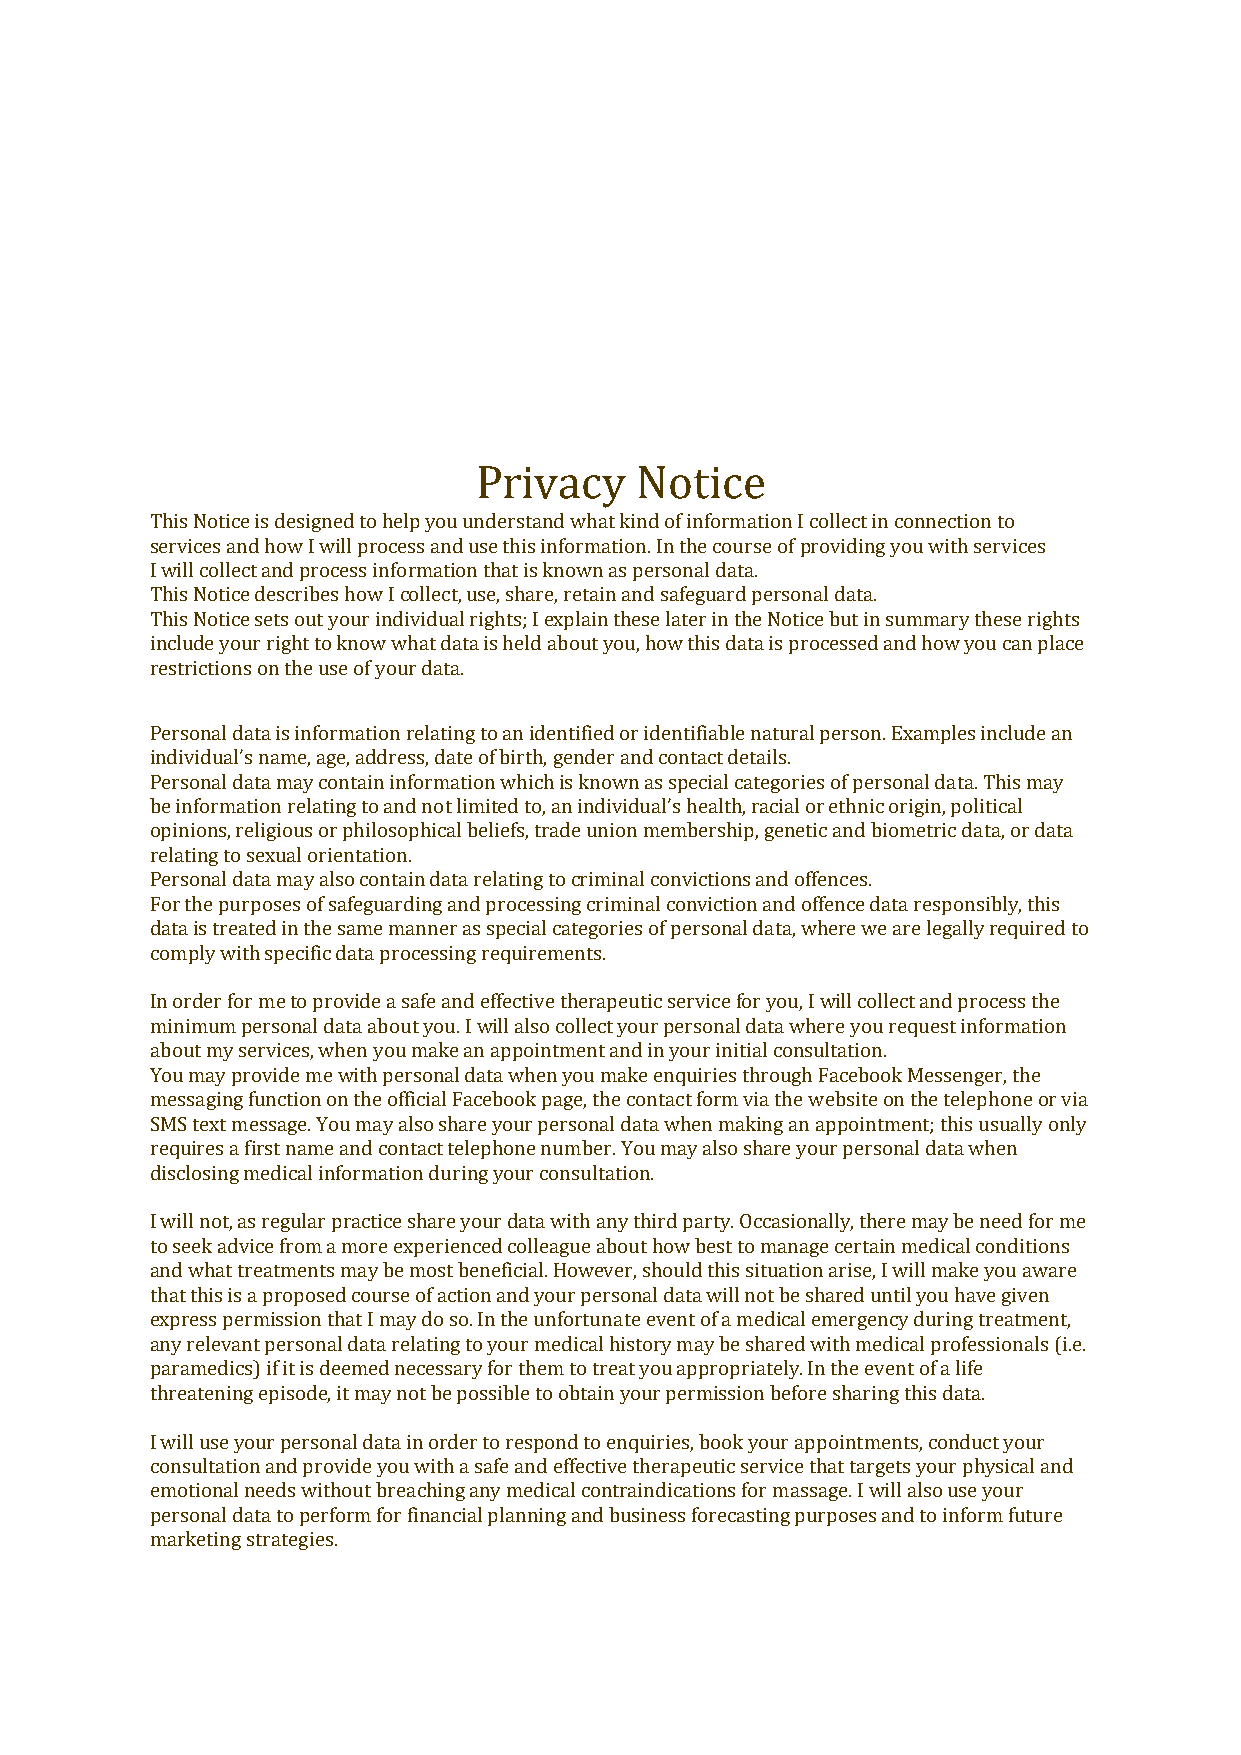
Privacy    Notice
 This Notice is designed to help you understand what kind of information I collect in connection to
 services and how I will process and use this information. In the course of providing you with services
 I will collect and process information that is known as personal data.
 This Notice describes how I collect, use, share, retain and safeguard personal data.
 This Notice sets out your individual rights; I explain these later in the Notice but in summary these rights
 include your right to know what data is held about you, how this data is processed and how you can place
 restrictions on the use of your data.
 Personal data is information relating to an identified or identifiable natural person. Examples include an
 individual’s name, age, address, date of birth, gender and contact details.
 Personal data may contain information which is known as special categories of personal data. This may
 be information relating to and not limited to, an individual’s health, racial or ethnic origin, political
 opinions, religious or philosophical beliefs, trade union membership, genetic and biometric data, or data
 relating to sexual orientation.
 Personal data may also contain data relating to criminal convictions and offences.
 For the purposes of safeguarding and processing criminal conviction and offence data responsibly, this
 data is treated in the same manner as special categories of personal data, where we are legally required to
 comply with specific data processing requirements.
 In order for me to provide a safe and effective therapeutic service for you, I will collect and process the
 minimum personal data about you. I will also collect your personal data where you request information
 about my services, when you make an appointment and in your initial consultation.
 You may provide me with personal data when you make enquiries through Facebook Messenger, the
 messaging function on the official Facebook page, the contact form via the website on the telephone or via
 SMS text message. You may also share your personal data when making an appointment; this usually only
 requires a first name and contact telephone number. You may also share your personal data when
 disclosing medical information during your consultation.
 I will not, as regular practice share your data with any third party. Occasionally, there may be need for me
 to seek advice from a more experienced colleague about how best to manage certain medical conditions
 and what treatments may be most beneficial. However, should this situation arise, I will make you aware
 that this is a proposed course of action and your personal data will not be shared until you have given
 express permission that I may do so. In the unfortunate event of a medical emergency during treatment,
 any relevant personal data relating to your medical history may be shared with medical professionals (i.e.
 paramedics) if it is deemed necessary for them to treat you appropriately. In the event of a life
 threatening episode, it may not be possible to obtain your permission before sharing this data.
 I will use your personal data in order to respond to enquiries, book your appointments, conduct your
 consultation and provide you with a safe and effective therapeutic service that targets your physical and
 emotional needs without breaching any medical contraindications for massage. I will also use your
 personal data to perform for financial planning and business forecasting purposes and to inform future
 marketing strategies.